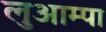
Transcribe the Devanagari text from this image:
लुआम्पा